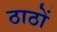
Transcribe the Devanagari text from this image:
ठाठों